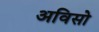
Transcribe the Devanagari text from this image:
अविसो